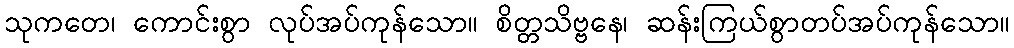
သုကတေ၊ ကောင်းစွာ လုပ်အပ်ကုန်သော။ စိတ္တသိဗ္ဗနေ၊ ဆန်းကြယ်စွာတပ်အပ်ကုန်သော။